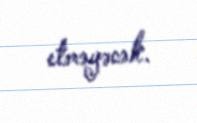
etməyəcək.